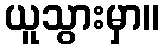
ယူသွားမှာ။